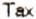
TAX